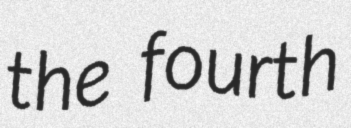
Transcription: the fourth